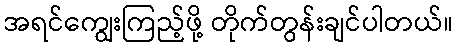
အရင်ကျွေးကြည့်ဖို့ တိုက်တွန်းချင်ပါတယ်။